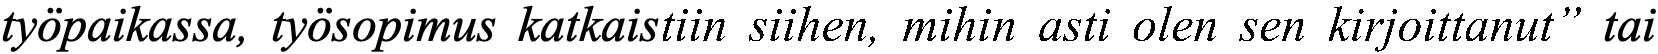
työpaikassa, työsopimus katkaistiin siihen, mihin asti olen sen kirjoittanut” tai